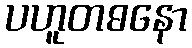
ပဟူတဓနော